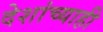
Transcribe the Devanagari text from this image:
देशांच्याही